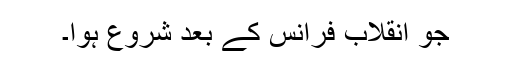
جو انقلاب فرانس کے بعد شروع ہوا۔